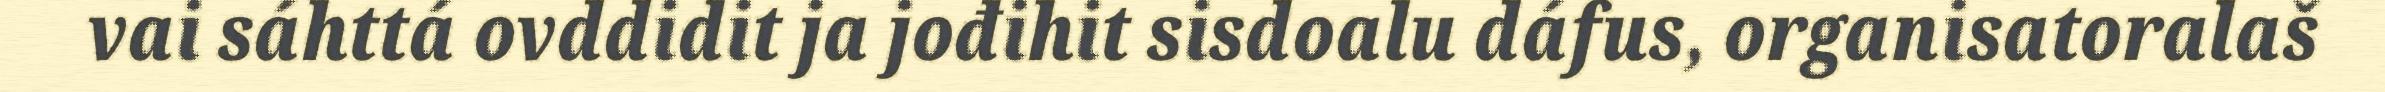
vai sáhttá ovddidit ja jođihit sisdoalu dáfus, organisatoralaš